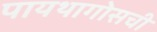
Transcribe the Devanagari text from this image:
पायथागोसची